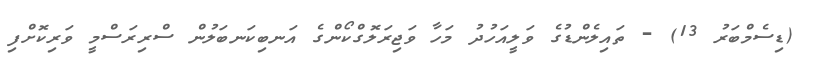
(ޑިސެމްބަރު 13) - ތައިލެންޑުގެ ވަލީއަހުދު މަހާ ވަޖިރަލޮގްކޯންގެ އަނބިކަނބަލުން ސްރިރަސްމީ ވަރިކޮށްފި